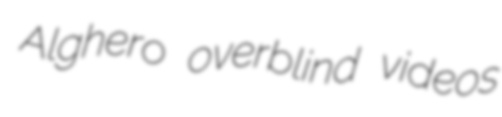
Alghero overblind videos